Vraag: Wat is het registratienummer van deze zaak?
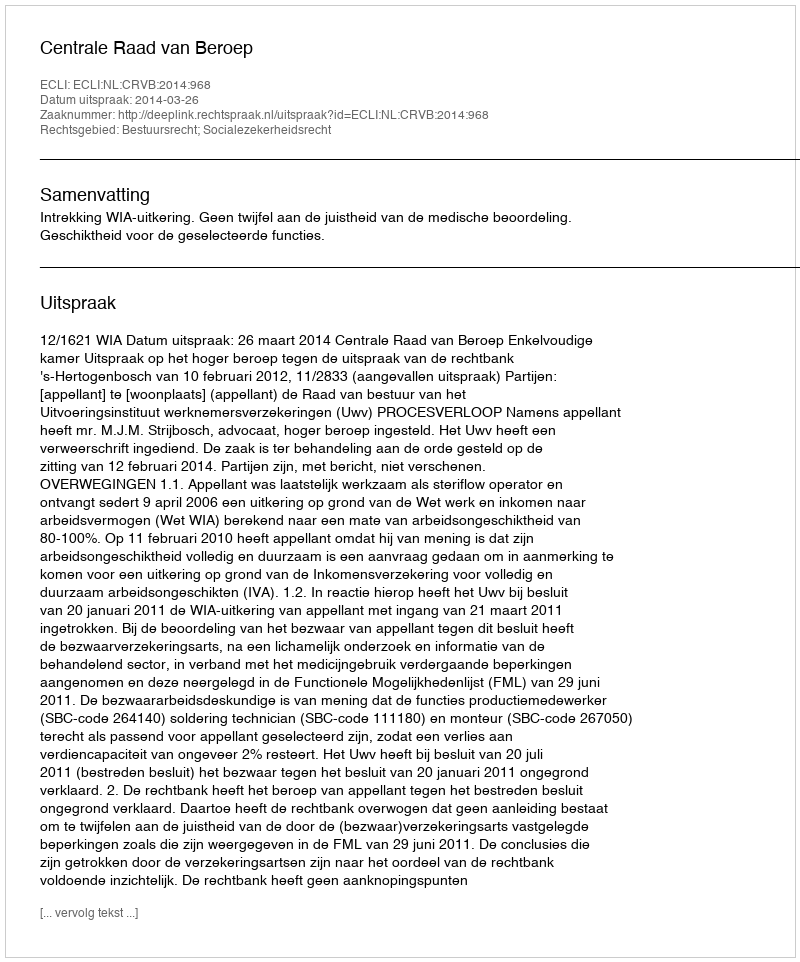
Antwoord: http://deeplink.rechtspraak.nl/uitspraak?id=ECLI:NL:CRVB:2014:968